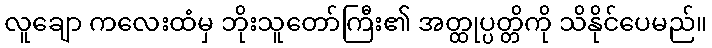
လူချော ကလေးထံမှ ဘိုးသူတော်ကြီး၏ အတ္ထုပ္ပတ္တိကို သိနိုင်ပေမည်။